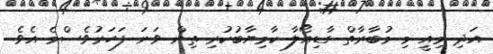
އަދި މިއީ މި މުބާރާތް ގާޑިއޯލާ ކާމިޔާބުކުރި ތިން ވަނަ ފަހަރުވެސްމެ އެވެ.